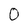
Character: 0